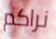
نراكم